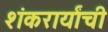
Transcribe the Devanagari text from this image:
शंकरार्यांची